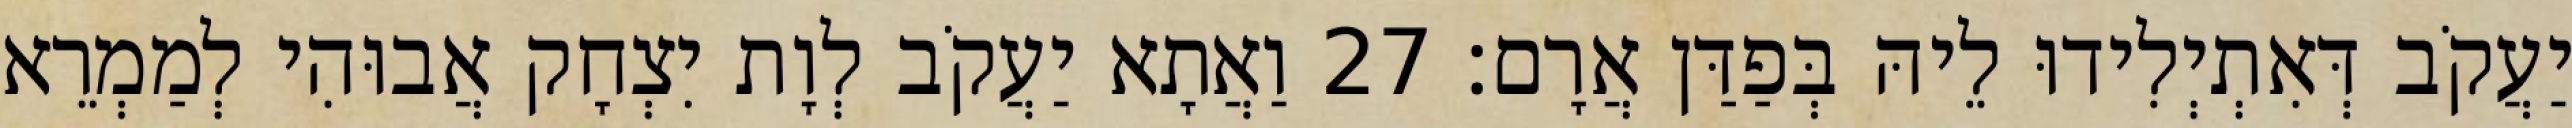
יַעֲקֹב דְּאִתְיְלִידוּ לֵיהּ בְּפַדַּן אֲרָם׃ 27 וַאֲתָא יַעֲקֹב לְוָת יִצְחָק אֲבוּהִי לְמַמְרֵא